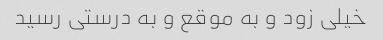
خیلی زود و به موقع و به درستی رسید